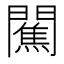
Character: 𨶲